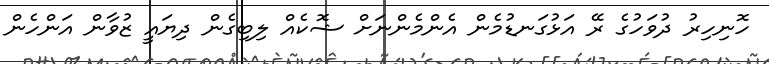
ހޮނިހިރު ދުވަހުގެ ރޭ އަޅުގަނޑުމެން އެންމެންނަށް ޝޮކެއް ލިބިގެން ދިޔައީ ޒުވާން އަންހެން